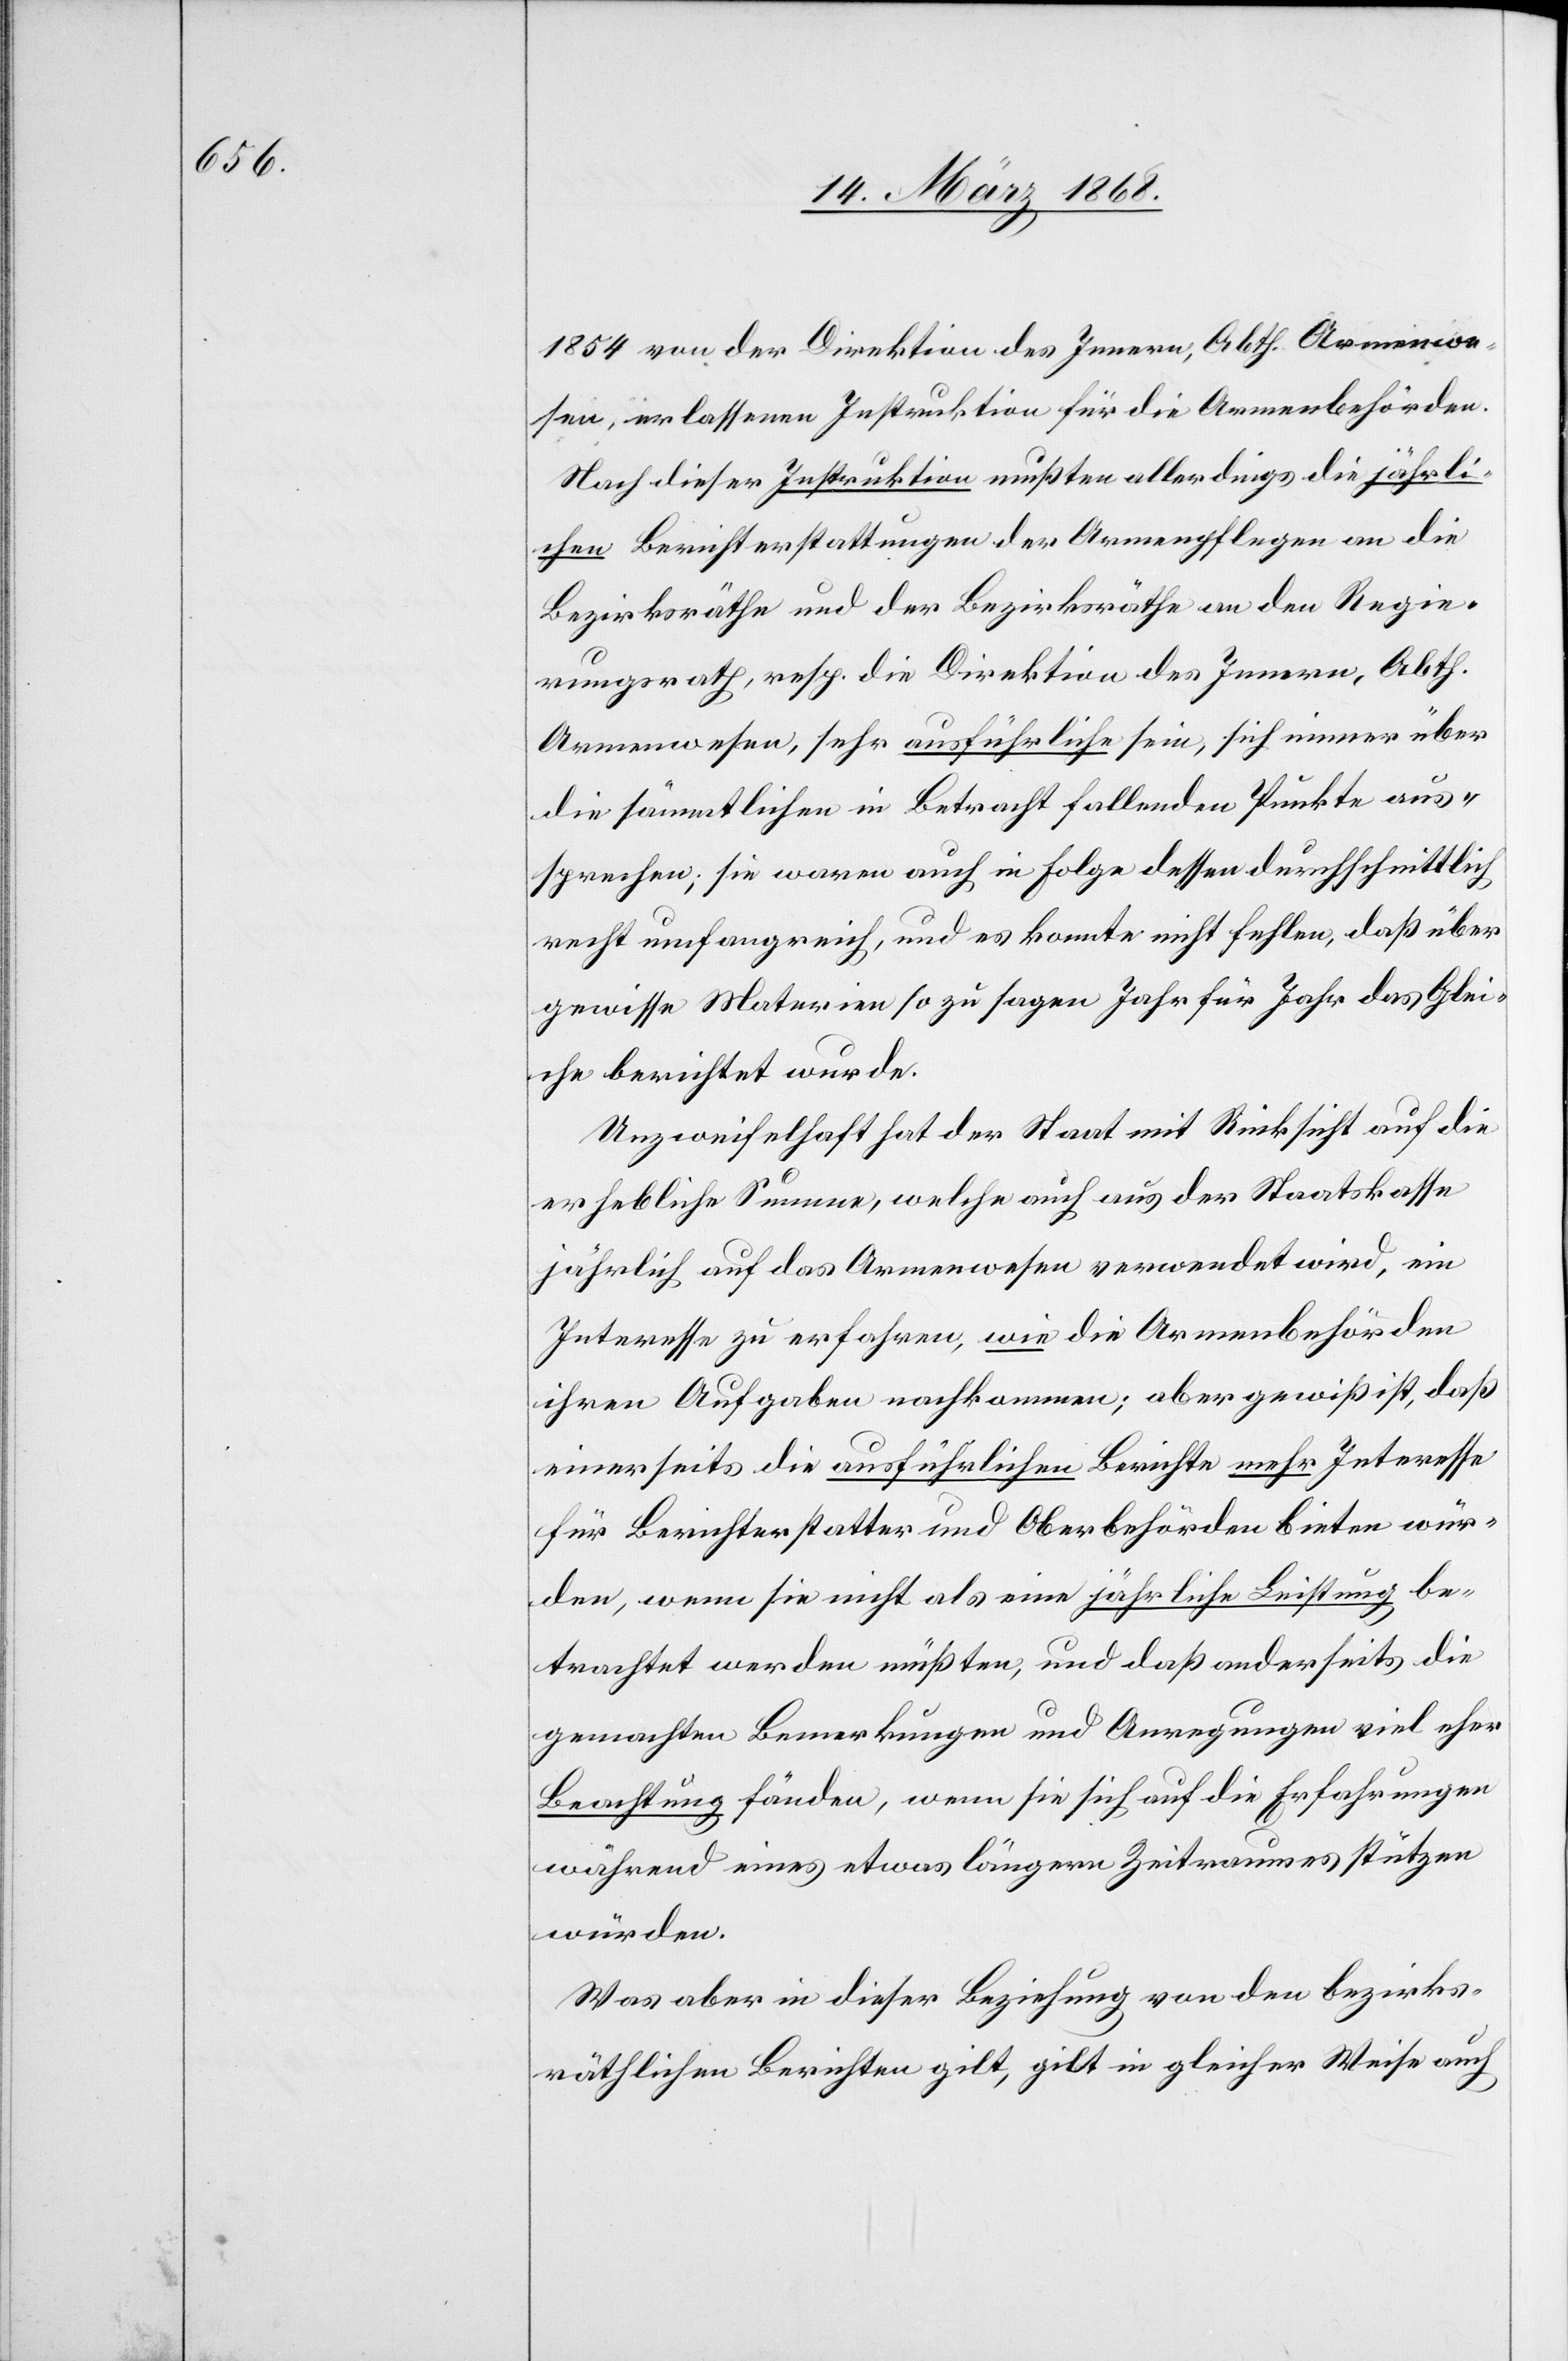
1854 von der Direktion des Innern, Abth. Armenwe¬
sen, erlassenen Instruktion für die Armenbehörden.
Nach dieser Instruktion mußten allerdings die jährli¬
chen Berichterstattungen der Armenpflegen an die
Bezirksräthe und der Bezirksräthe an den Regie¬
rungsrath, resp. die Direktion des Innern, Abth.
Armenwesen, sehr ausführliche sein, sich immer über
die sämmtlichen in Betracht fallenden Punkte aus¬
sprechen; sie waren auch in Folge dessen durchschnittlich
recht umfangreich, und es konnte nicht fehlen, daß über
gewisse Materien so zu sagen Jahr für Jahr das Glei¬
che berichtet wurde.
Unzweifelhaft hat der Staat mit Rücksicht auf die
erhebliche Summe, welche auch aus der Staatskasse
jährlich auf das Armenwesen verwendet wird, ein
Interesse zu erfahren, wie die Armenbehörden
ihren Aufgaben nachkommen; aber gewiß ist, daß
einerseits die ausführlichen Berichte mehr Interesse
für Berichterstatter und Oberbehörden bieten wür¬
den, wenn sie nicht als eine jährliche Leistung be¬
trachtet werden müßten, und daß anderseits die
gemachten Bemerkungn und Anregungen viel eher
Beachtung fänden, wenn sie sich auf die Erfahrungen
während eines etwas längern Zeitraumes stützen
würden.
Was aber in dieser Beziehung von den bezirks¬
räthlichen Berichten gilt, gilt in gleicher Weise auch